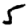
Digit: 5